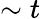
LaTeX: \sim t